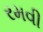
રમવી